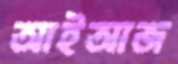
আইআজ